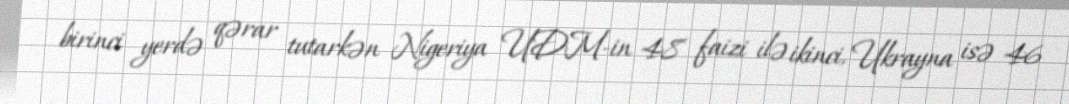
birinci yerdə qərar tutarkən Nigeriya UDM-in 48 faizi ilə ikinci, Ukrayna isə 46